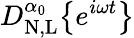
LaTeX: D_{\mathrm{N,L}}^{\alpha_{0}}\big\{ {e^{i\omega t}\big\} }